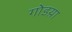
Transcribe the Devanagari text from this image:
गोडय़ा